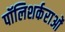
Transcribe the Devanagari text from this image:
पॉलिशर्कराओं